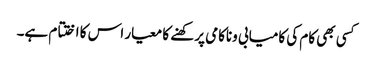
کسی بھی کام کی کامیابی وناکامی پرکھنے کا معیار اس کا اختتام ہے۔